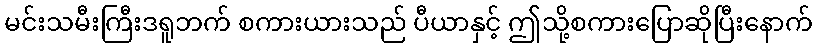
မင်းသမီးကြီးဒရူဘက် စကားယားသည် ပီယာနှင့် ဤသို့စကားပြောဆိုပြီးနောက်